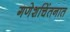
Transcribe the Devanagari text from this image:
गणेशचिंतनात